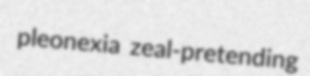
pleonexia zeal-pretending